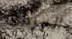
المرفق